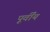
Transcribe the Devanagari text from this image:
पूर्वींय